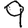
Digit: 9